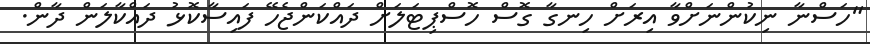
"ހަސްނާ ނިކުންނަށްވާ އިރަށް ހިނގާ ގޮސް ހޮސްޕިޓަލަށް ދައްކަންޖެހޭ ފައިސާކޮޅު ދައްކާލަން ދާން.